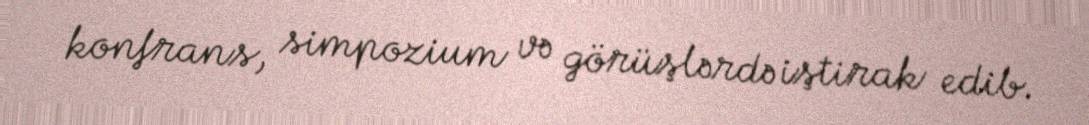
konfrans, simpozium və görüşlərdə iştirak edib.